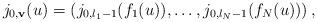
LaTeX: \begin{align*} j_{0,\mathbf{v}}(u) = \left(j_{0,l_1-1}(f_1(u)),\dots,j_{0,l_N-1}(f_N(u))\right),\end{align*}